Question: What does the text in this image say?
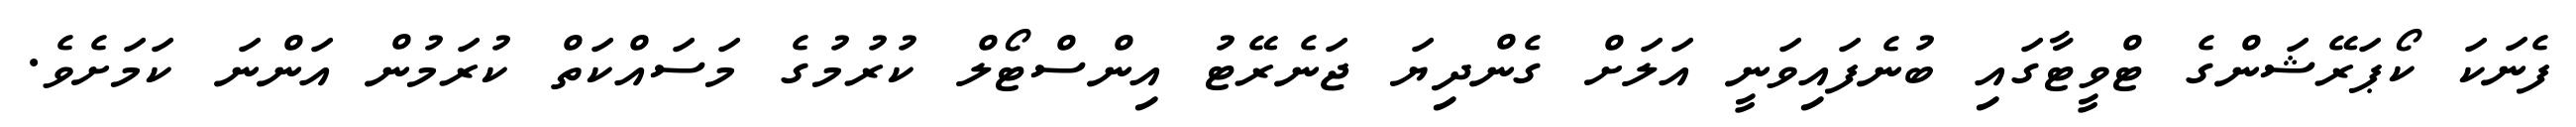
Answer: ފެނަކަ ކޯޕަރޭޝަންގެ ޓްވީޓާގައި ބުނެފައިވަނީ އަލަށް ގެންދިޔަ ޖަނެރޭޓު އިންސްޓޯލް ކުރުމުގެ މަސައްކަތް ކުރަމުން އަންނަ ކަމަށެވެ.